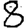
Digit: 8